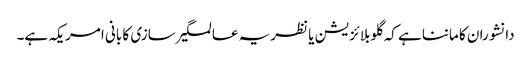
دانشوران کا ماننا ہے کہ گلوبلائزیشن یا نظریہ عالمگیر سازی کا بانی امریکہ ہے۔